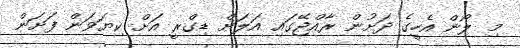
މި ލޯން އެހީގެ ދަށުން ރާއްޖޭގައި އަލަށް ޑިގްރީ އަށް ކިޔަވަން ފަށަން